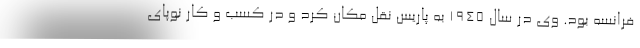
فرانسه بود. وی در سال ۱۹۴۵ به پاریس نقل مکان کرد و در کسب و کار نوپای